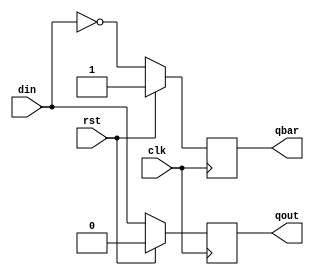
`timescale 1ns / 1ps
//////////////////////////////////////////////////////////////////////////////////
// Company: 
// Engineer: 
// 
// Design Name: 
// Module Name:    dff 
// Project Name: 
// Target Devices: 
// Tool versions: 
// Description: 
//
// Dependencies: 
//
// Revision: 
// Revision 0.01 - File Created
// Additional Comments: 
//
//////////////////////////////////////////////////////////////////////////////////
module dff(
    input din,clk,rst,
    output reg qout,qbar);
always@(posedge clk)
begin
if(rst==1'b1) begin
qout= 1'b0;
qbar= 1'b1; end

else begin
qout= din;
qbar=~din;
end

end
endmodule